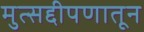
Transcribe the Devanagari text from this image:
मुत्सद्दीपणातून